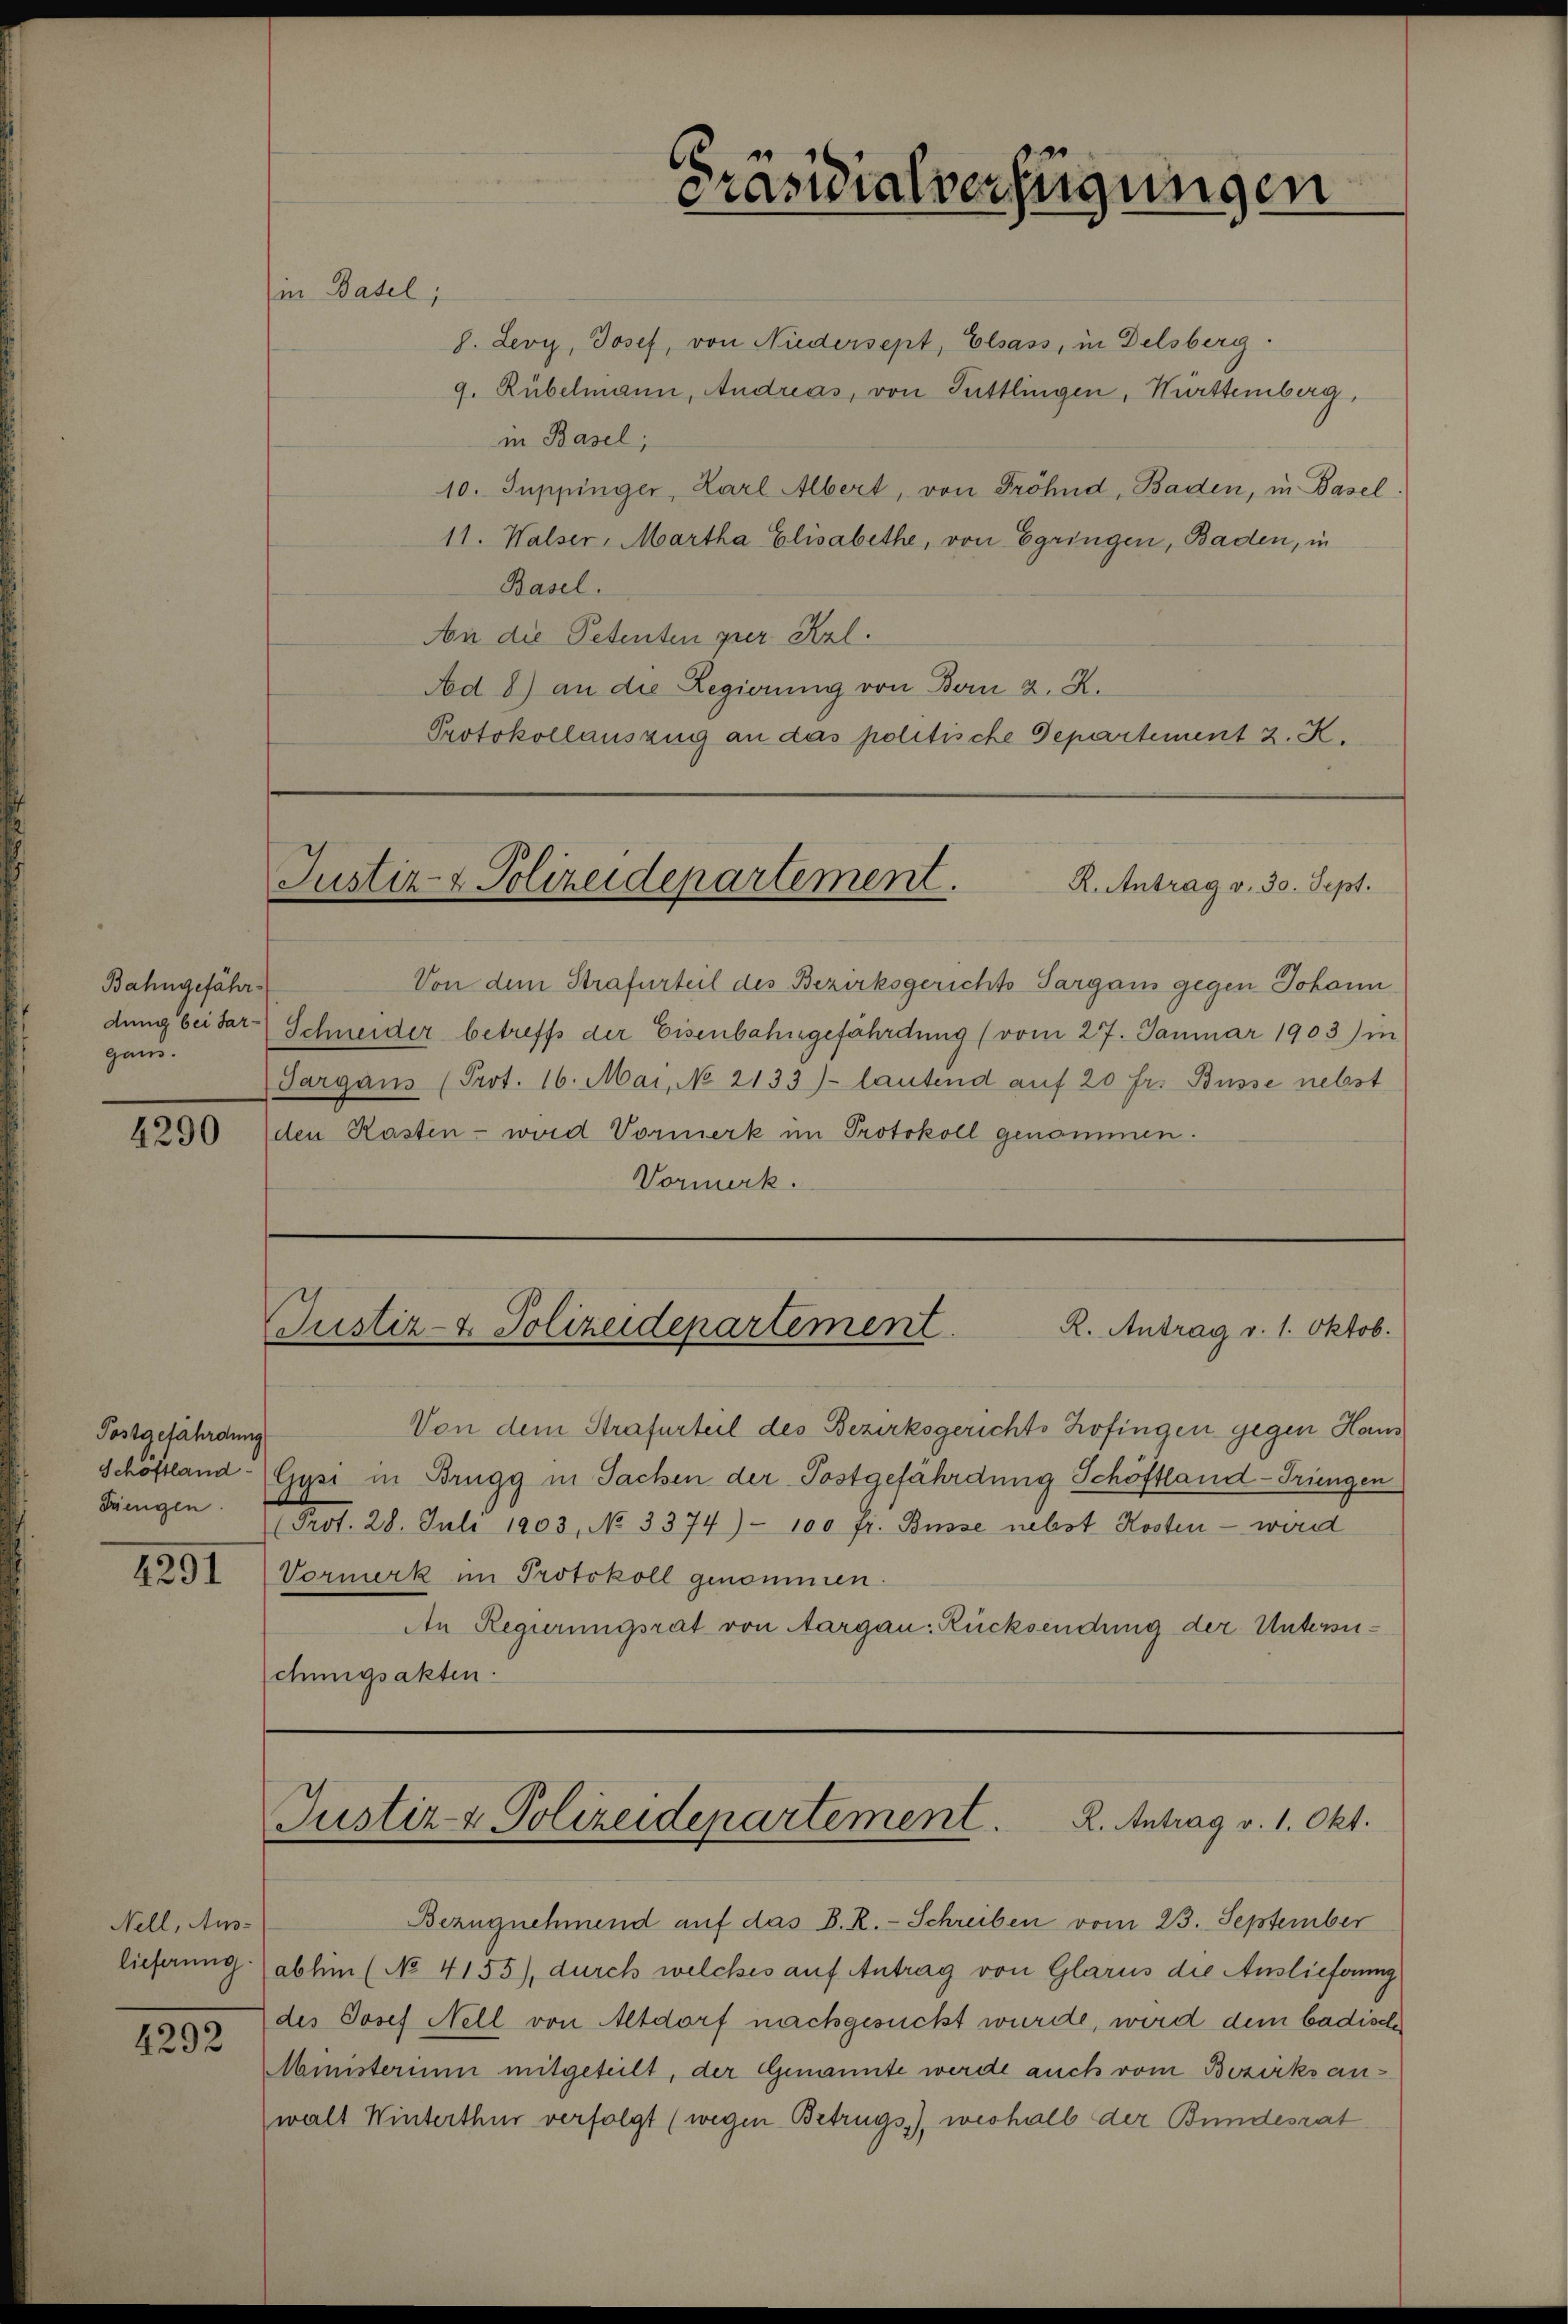
Bahngefähr
gans.

4290

Postgefährdung
Dringen.

4291

Nell, Aus-

4292

in Basel,

6
Präsidialverfügungen

h. Levy, Josef, von Niedersept, Elsass, in Delsberg.
9. Rübelmann, Andreas, von Tuttlingen, Württemberg,
in Basel,
10. Juppinger, Karl Albert, von Fröhnd, Baden, in Basel.
11. Walser, Martha Elisabethe, von Egringen, Baden, in
Basel.
An die Petenten per Kzl.
Ad 8) an die Regierung von Bern z. R.
Protokollauszug an das politische Departement z. K.

Justiz- & Polizeidepartement.
R. Antrag v. 30. Sept.

Von dem Strafurteil des Bezirksgerichts-Targaus gegen Johann
dung bei dar-Schneider betreffs der Eisenbahngefährdung (vom 27. Januar 1903) in
Sargaus (Prot. 16. Mai, No 2133)- lautend auf 20 fr. Busse nebst
den Kasten - wird Vormerk im Protokoll genommen.
Vormerk.

Justiz- & Polizeidepartement
R. Antrag v. 1. Oktob.

Von dem Strafurteil des Bezirksgerichts Zofingen gegen Haus
Schöftland (Gysi in Brugg in Sachen der Postgefährdung Schöftland-Triengen
(Prot. 28. Juli 1903, No 3374)- 100 Fr. Busse nebst Kosten - wird
Vormerk im Protokoll genommen.
An Regierungsrat von Aargau-Rücksendung der Untersuchungsakten.

Justiz- & Polizeidepartement. K. Antrag v. 1. Okt.

Bezugnehmend auf das D. R. Schreiben vom 23. September
lieferung abhin (No 4155), durch welches auf Antrag von Glarus die Auslieferung
des Josef Nell von Altdorf nachgesucht wurde, wird dem badische
Ministerium mitgeteilt, der Genannte werde auch vom Bezirksanwalt Winterthur verfolgt (wegen Betrugs), weshalb der Bundesrat